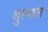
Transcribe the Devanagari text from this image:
सुरपाल